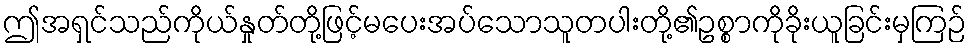
ဤအရှင်သည်ကိုယ်နှုတ်တို့ဖြင့်မပေးအပ်သောသူတပါးတို့၏ဥစ္စာကိုခိုးယူခြင်းမှကြဉ်